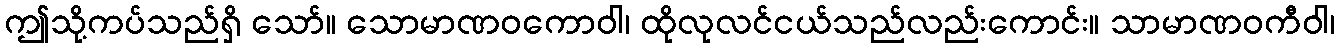
ဤသို့ကပ်သည်ရှိ သော်။ သောမာဏဝကောဝါ၊ ထိုလုလင်ငယ်သည်လည်းကောင်း။ သာမာဏဝကီဝါ၊